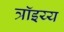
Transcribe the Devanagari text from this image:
त्रॉइय्य